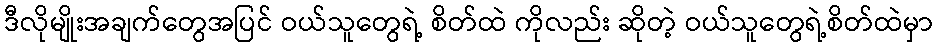
ဒီလိုမျိုးအချက်တွေအပြင် ဝယ်သူတွေရဲ့ စိတ်ထဲ ကိုလည်း ဆိုတဲ့ ဝယ်သူတွေရဲ့စိတ်ထဲမှာ